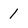
Character: 1